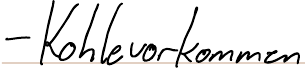
- Kohlevorkommen